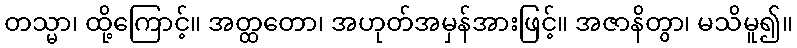
တသ္မာ၊ ထို့ကြောင့်။ အတ္ထတော၊ အဟုတ်အမှန်အားဖြင့်။ အဇာနိတွာ၊ မသိမူ၍။